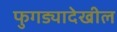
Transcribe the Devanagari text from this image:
फुगड्यादेखील